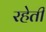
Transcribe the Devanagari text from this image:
रहेती